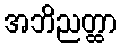
အဘိညတ္ထာ